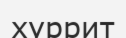
хуррит